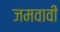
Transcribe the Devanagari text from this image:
जमवावी